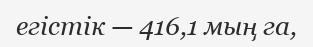
егістік — 416,1 мың га,